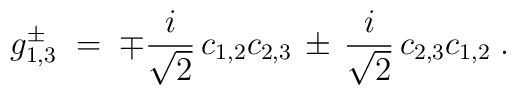
g_{1,3}^\pm \;=\; \mp\frac{i}{\sqrt{2}}\,c_{1,2}c_{2,3}\,\pm\, \frac{i}{\sqrt{2}}\,c_{2,3}c_{1,2}\;.